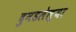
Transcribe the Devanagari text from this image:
दुमडलेल्या